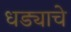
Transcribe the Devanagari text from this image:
धड्याचे